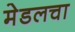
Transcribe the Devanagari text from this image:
मेडलचा